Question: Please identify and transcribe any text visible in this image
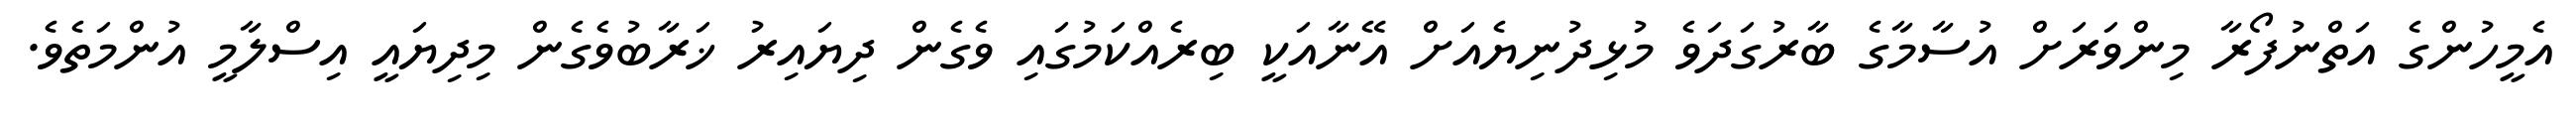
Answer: އެމީހުންގެ އަތްނުފޯރާ މިންވަރަށް އުސާމާގެ ބާރުގަދަވެ މުޅިދުނިޔެއަށް އޭނާއަކީ ބިރެއްކަމުގައި ވެގެން ދިޔައިރު ޚަރާބުވެގެން މިދިޔައީ އިސްލާމީ އުންމަތެވެ.